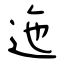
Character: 迤